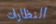
النظارات